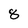
Character: 8